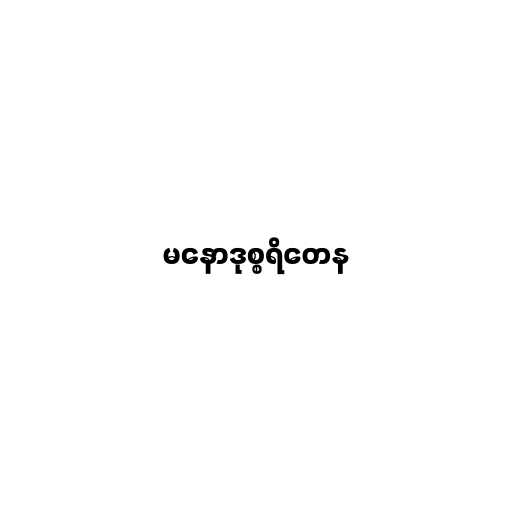
မနောဒုစ္စရိတေန